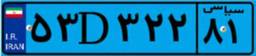
۵۳D۳۲۲۸۱